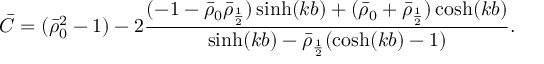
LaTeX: \bar { C } = ( \bar { \rho } _ { 0 } ^ { 2 } - 1 ) - 2 \frac { ( - 1 - \bar { \rho } _ { 0 } \bar { \rho } _ { \frac 1 2 } ) \sinh ( k b ) + ( \bar { \rho } _ { 0 } + \bar { \rho } _ { \frac 1 2 } ) \cosh ( k b ) } { \sinh ( k b ) - \bar { \rho } _ { \frac 1 2 } ( \cosh ( k b ) - 1 ) } .